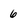
Character: 6